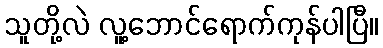
သူတို့လဲ လူ့ဘောင်ရောက်ကုန်ပါပြီ။